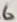
Text: 6